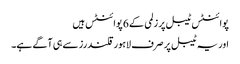
پوائنٹس ٹیبل پر زلمی کے 6 پوائنٹس ہیں
اور یہ ٹیبل پر صرف لاہور قلندرز سے ہی آگے ہے۔